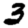
Digit: 3